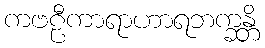
ကဗဠီကာရာဟာရဘက္ခန္တိ